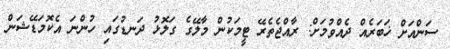
ސަންއަށް ޚަބަރެއް ދެއްވުމަށް: ރާއްޖެތެރޭ ޓީމަކުން މާލޭގެ ގަލޮޅު ދަނޑުގައި ހުންނަ އެކޮމަޑޭޝަން